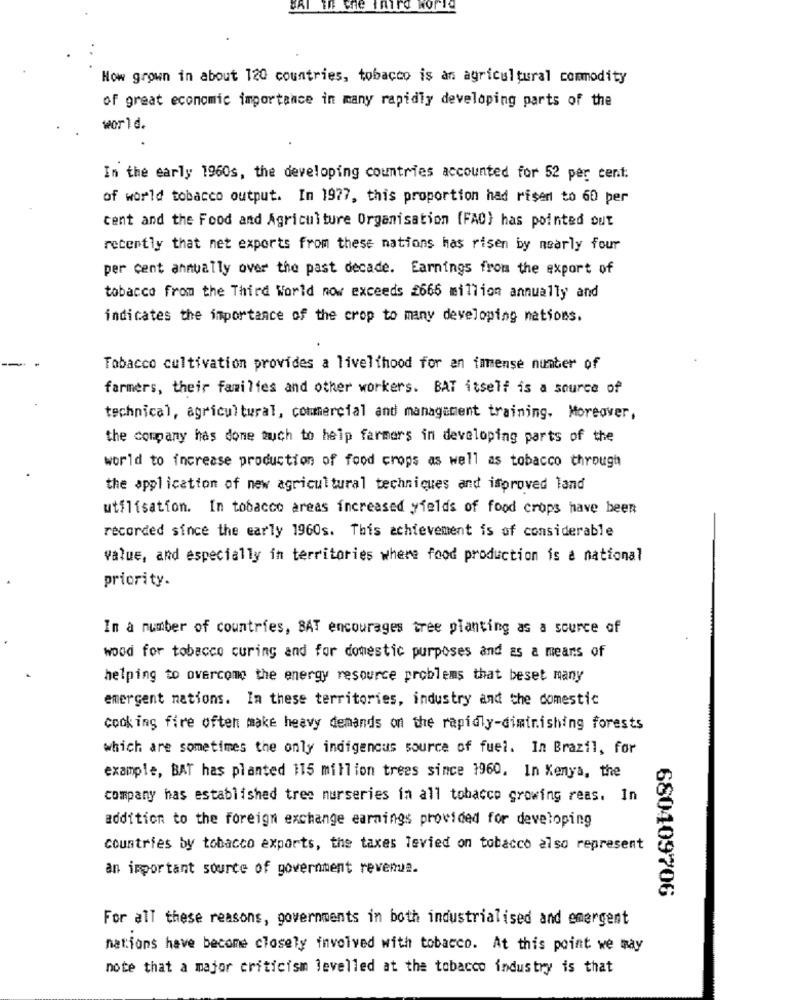
BRI
in the third world
How grown in about 120 countries, tobacco is an agricultural commodity
of great economic importance in many rapidly developing parts of the
world.
In the early 1960s, the developing countries accounted for 52 per cent:
of world tobacco output. In 1977, this proportion had risen to 60 per
cent and the Food and Agriculture Organisation (FAO) has pointed out
recently that net exports from these nations has risen by nearly four
per cent annually over the past decade. Earnings from the export of
tobacco from the Third World now exceeds 2666 million annually and
indicates the importance of the crop to many developing nations.
Tobacco cultivation provides a livelihood for an immense number of
farmers, their families and other workers. BAT itself is a source of
technical, agricultural, commercial and management training. Moreover,
the company has done auch to help farmers in developing parts of the
world to increase production of food crops as well as tobacco through
the application of new agricultural techniques and improved land
utilisation. In tobacco areas increased yields of food crops have been
recorded since the early 1960s. This achievement is of considerable
value, and especially in territories where food production is a national
priority.
In a number of countries, BAT encourages tree planting as a source of
wood for tobacco curing and for domestic purposes and as a means of
helping to overcome the energy resource problems that beset many
emergent nations. In these territories, industry and the domestic
cooking fire often make heavy demands on the rapidly-diminishing forests
which are sometimes the only indigenous source of fuel. In Brazil, for
example, BAT has planted 115 million trees since 1960. In Kenya, the
company has established tree nurseries in all tobacco growing reas. In
addition to the foreign exchange earnings provided for developing
countries by tobacco exports, the taxes levied on tobacco also represent
an important source of government revenue.
680409706
For all these reasons, governments in both industrialised and emergent
nations have become closely involved with tobacco. At this point we may
note that a major criticism levelled at the tobacco industry is that